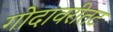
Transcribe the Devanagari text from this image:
गोदावरीतट